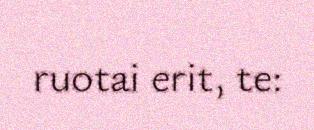
ruotai erit, te: